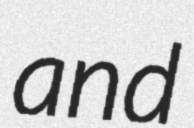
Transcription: and